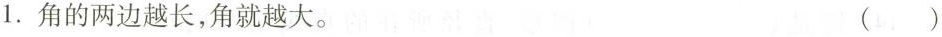
1.角的两边越长，角就越大。 ()